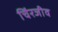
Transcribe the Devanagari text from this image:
चिंरजीव